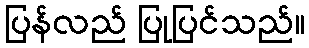
ပြန်လည် ပြုပြင်သည်။